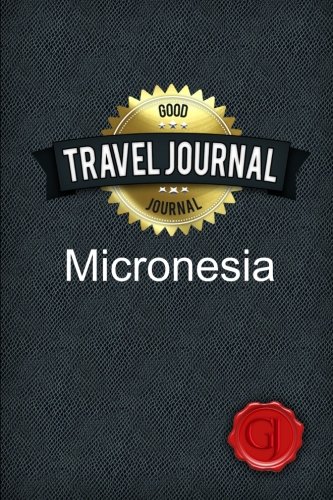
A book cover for Travel Journal Micronesia; Good Journal; Travel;